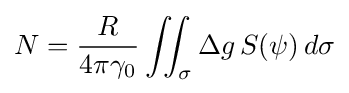
N={\frac {R}{4\pi \gamma _{0}}}\iint _{\sigma }\Delta g\,S(\psi )\,d\sigma